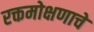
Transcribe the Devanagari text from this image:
रक्तमोक्षणाचे